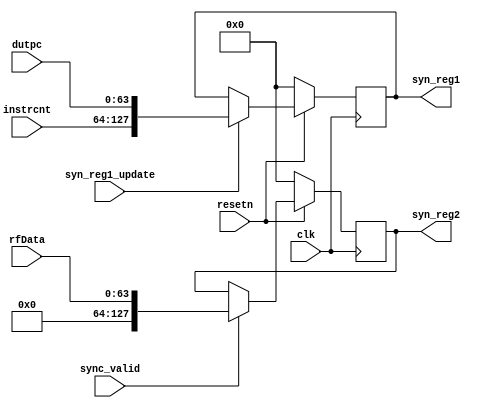
`timescale 1ns / 1ps
//////////////////////////////////////////////////////////////////////////////////
// Company: 
// Engineer: 
// 
// Design Name: 
// Module Name: peripheral_syn_reg
// Project Name: 
// Target Devices: 
// Tool Versions: 
// Description: 
// 
// Dependencies: 
// 
// Revision:
// Revision 0.01 - File Created
// Additional Comments:
// 
//////////////////////////////////////////////////////////////////////////////////

module peripheral_syn_reg(
    input       [0:0]       clk,
    input       [0:0]       resetn,
    input       [63:0]      dutpc,          //pc,instrcnt,rfdest,rfwen
    input       [63:0]      rfData,
    input       [0:0]       sync_valid,
    input       [63:0]      instrcnt,
    input       [0:0]       syn_reg1_update,
    output reg  [127:0]     syn_reg1,       //pc,instrcnt,rfdest,rfwen
    output reg  [127:0]     syn_reg2        //rfdata
);


    always@(posedge clk)begin
        if(!resetn)begin
            syn_reg1 <= 0;
        end
        else begin
            if(syn_reg1_update)begin
                syn_reg1 <= {instrcnt, dutpc};
            end
            else begin
                syn_reg1 <= syn_reg1;
            end
        end
    end

    always@(posedge clk)begin
        if(!resetn)begin
            syn_reg2 <= 0;
        end
        else begin
            if(sync_valid)begin
                syn_reg2 <= {64'b0, rfData};
            end
            else begin
                syn_reg2 <= syn_reg2;
            end
        end
    end
endmodule